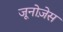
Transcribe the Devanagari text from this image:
जूनोज़ेस